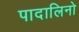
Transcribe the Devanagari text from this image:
पादालिनो